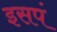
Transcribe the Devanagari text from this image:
इसपं